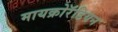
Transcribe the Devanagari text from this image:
मायक्रोरॅडियन